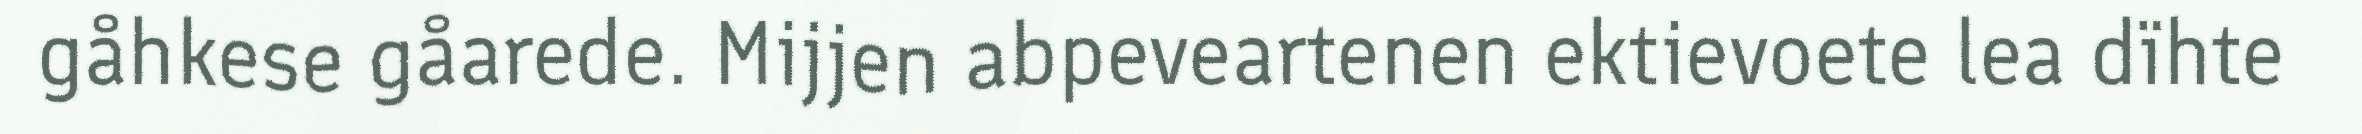
gåhkese gåarede. Mijjen abpeveartenen ektievoete lea dïhte